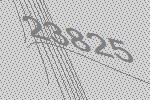
23825